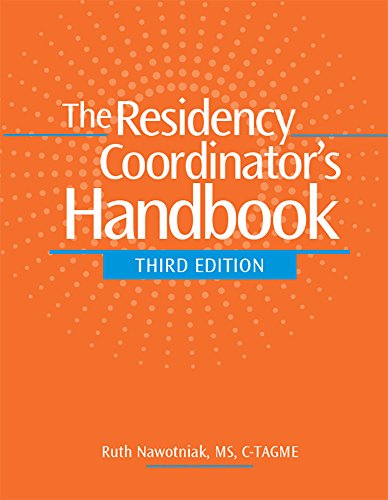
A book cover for The Residency Coordinator's Handbook, Third Edition; HCPro; Medical Books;